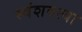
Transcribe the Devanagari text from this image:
स्वंशवत्या